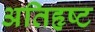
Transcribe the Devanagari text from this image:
अतिहृष्ट